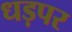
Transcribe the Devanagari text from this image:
धड़पर